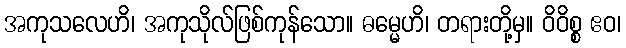
အကုသလေဟိ၊ အကုသိုလ်ဖြစ်ကုန်သော။ ဓမ္မေဟိ၊ တရားတို့မှ။ ဝိဝိစ္စ ဧဝ၊